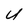
Character: U